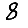
Digit: 8